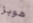
هوبز